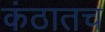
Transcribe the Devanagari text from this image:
कंठातच